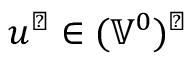
u ^ { \perp } \in ( \mathbb { V } ^ { 0 } ) ^ { \perp }